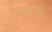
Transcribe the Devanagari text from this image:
कोसमोगोनिया